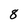
Character: 8